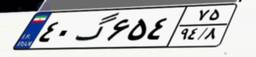
۲۱گ۳۶۹۵۴